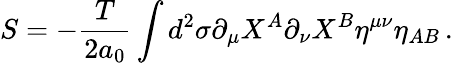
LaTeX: S=-\frac{T}{2a_{0}}\int d^{2}\sigma\partial_{\mu}X^{A}\partial_{\nu}X^{B}\eta^{\mu\nu}\eta_{AB}\, .